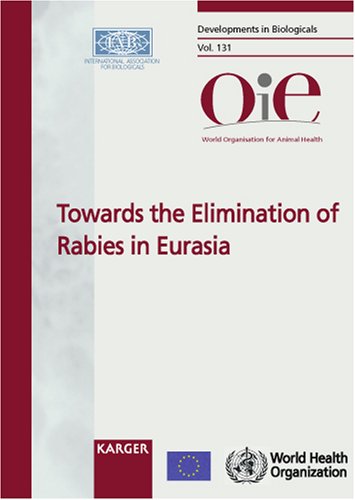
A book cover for Towards the Elimination of Rabies in Eurasia: Joint OIE/WHO/EU International Conference, Paris, May 2007: Proceedings (Developments in Biologicals, Vol. 131); Medical Books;